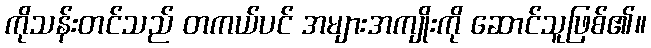
ကိုသန်းတင်သည် တကယ်ပင် အများအကျိုးကို ဆောင်သူဖြစ်၏။